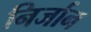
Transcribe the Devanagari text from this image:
निर्जान